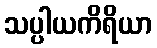
သပ္ပါယကိရိယာ